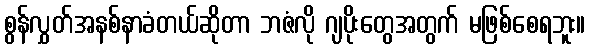
စွန်လွှတ်အနစ်နာခံတယ်ဆိုတာ ဘဇံလို ဂျပိုးတွေအတွက် မဖြစ်စေရဘူး။